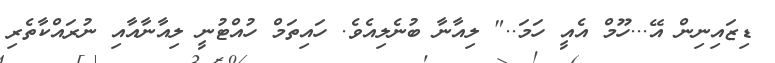
ޑިޒައިނިން އޭ...ހޫމް އެއީ ހަމަ.." ލިއާނާ ބުނެލިއެވެ. ހައިތަމް ހުއްޓުނީ ލިއާނާއާއި ނުރައްކާތެރި